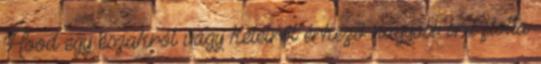
Hood egy északról vagy keletről érkező nagyobb brit flotta